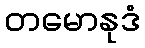
တမောနုဒံ